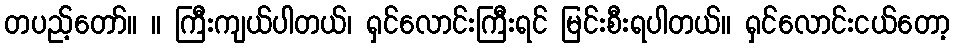
တပည့်တော်။ ။ ကြီးကျယ်ပါတယ်၊ ရှင်လောင်းကြီးရင် မြင်းစီးရပါတယ်။ ရှင်လောင်းငယ်တော့